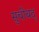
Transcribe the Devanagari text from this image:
सुचीबद्